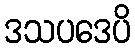
ဒသပဒေပိ